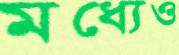
মধ্যেও